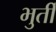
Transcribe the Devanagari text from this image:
भुर्ती